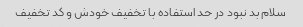
سلام بد نبود در حد استفاده با تخفیف خودش و کد تخفیف